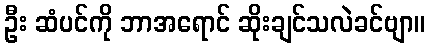
ဦး ဆံပင်ကို ဘာအရောင် ဆိုးချင်သလဲခင်ဗျာ။